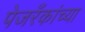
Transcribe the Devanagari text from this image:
पेजरँकांच्या